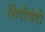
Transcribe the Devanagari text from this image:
शिंदीचेही